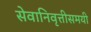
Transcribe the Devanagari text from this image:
सेवानिवृत्तीसमयी